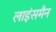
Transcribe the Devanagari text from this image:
लाइंसमैन